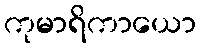
ကုမာရိကာယော